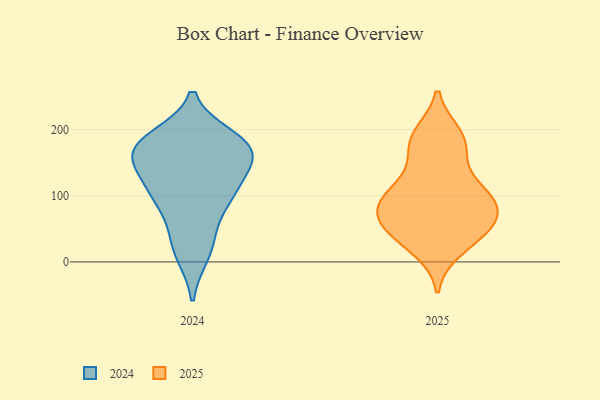
{"axis": {"x": "Churn Rate (%)", "y": "Value"}, "legend": ["2024", "2025"], "data": [{"x": "", "y": 40, "type": "2024"}, {"x": "", "y": 173, "type": "2024"}, {"x": "", "y": 107, "type": "2024"}, {"x": "", "y": 99, "type": "2024"}, {"x": "", "y": 12, "type": "2024"}, {"x": "", "y": 177, "type": "2024"}, {"x": "", "y": 160, "type": "2024"}, {"x": "", "y": 187, "type": "2024"}, {"x": "", "y": 166, "type": "2024"}, {"x": "", "y": 147, "type": "2024"}, {"x": "", "y": 99, "type": "2024"}, {"x": "", "y": 102, "type": "2025"}, {"x": "", "y": 59, "type": "2025"}, {"x": "", "y": 76, "type": "2025"}, {"x": "", "y": 151, "type": "2025"}, {"x": "", "y": 93, "type": "2025"}, {"x": "", "y": 53, "type": "2025"}, {"x": "", "y": 98, "type": "2025"}, {"x": "", "y": 193, "type": "2025"}, {"x": "", "y": 58, "type": "2025"}, {"x": "", "y": 107, "type": "2025"}, {"x": "", "y": 19, "type": "2025"}, {"x": "", "y": 193, "type": "2025"}, {"x": "", "y": 26, "type": "2025"}, {"x": "", "y": 181, "type": "2025"}, {"x": "", "y": 90, "type": "2025"}, {"x": "", "y": 51, "type": "2025"}, {"x": "", "y": 171, "type": "2025"}, {"x": "", "y": 53, "type": "2025"}, {"x": "", "y": 105, "type": "2025"}]}